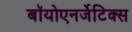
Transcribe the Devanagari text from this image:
बॉयोएनर्जेटिक्स